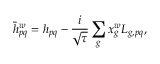
\bar { h } _ { p q } ^ { w } = h _ { p q } - \frac { i } { \sqrt { \tau } } \sum _ { g } x _ { g } ^ { w } L _ { g , p q } ,